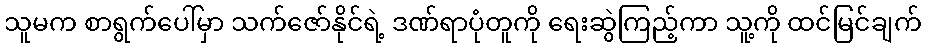
သူမက စာရွက်ပေါ်မှာ သက်ဇော်နိုင်ရဲ့ ဒဏ်ရာပုံတူကို ရေးဆွဲကြည့်ကာ သူ့ကို ထင်မြင်ချက်